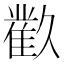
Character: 𲉬